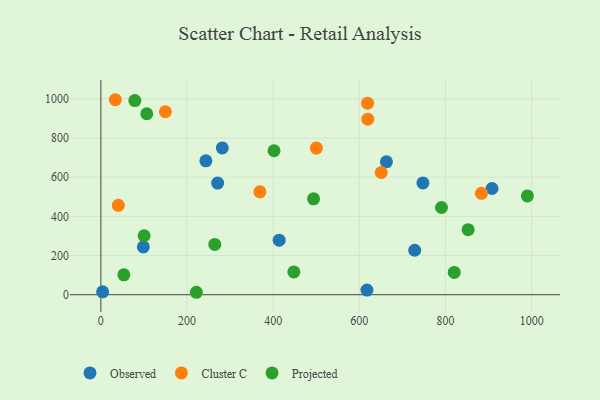
{"axis": {"x": "Speed", "y": "Profit"}, "legend": ["Cluster C", "Observed", "Projected"], "data": [{"x": "662.9", "y": 678.2, "type": "Observed"}, {"x": "271.1", "y": 569.8, "type": "Observed"}, {"x": "747.6", "y": 570.7, "type": "Observed"}, {"x": "98.6", "y": 244.1, "type": "Observed"}, {"x": "243.8", "y": 683.5, "type": "Observed"}, {"x": "728.5", "y": 227.0, "type": "Observed"}, {"x": "908.1", "y": 542.1, "type": "Observed"}, {"x": "413.9", "y": 278.5, "type": "Observed"}, {"x": "617.7", "y": 23.6, "type": "Observed"}, {"x": "281.9", "y": 749.3, "type": "Observed"}, {"x": "4.1", "y": 15.0, "type": "Observed"}, {"x": "500.2", "y": 748.3, "type": "Cluster C"}, {"x": "369.1", "y": 525.4, "type": "Cluster C"}, {"x": "33.6", "y": 995.3, "type": "Cluster C"}, {"x": "883.5", "y": 517.8, "type": "Cluster C"}, {"x": "149.8", "y": 933.9, "type": "Cluster C"}, {"x": "650.9", "y": 623.9, "type": "Cluster C"}, {"x": "40.5", "y": 456.3, "type": "Cluster C"}, {"x": "619.1", "y": 977.7, "type": "Cluster C"}, {"x": "619.7", "y": 896.2, "type": "Cluster C"}, {"x": "820.3", "y": 114.0, "type": "Projected"}, {"x": "990.1", "y": 504.1, "type": "Projected"}, {"x": "852.6", "y": 332.1, "type": "Projected"}, {"x": "402.0", "y": 734.9, "type": "Projected"}, {"x": "100.5", "y": 300.9, "type": "Projected"}, {"x": "53.4", "y": 101.6, "type": "Projected"}, {"x": "448.0", "y": 116.2, "type": "Projected"}, {"x": "264.4", "y": 256.5, "type": "Projected"}, {"x": "790.7", "y": 445.3, "type": "Projected"}, {"x": "493.8", "y": 489.6, "type": "Projected"}, {"x": "221.7", "y": 12.5, "type": "Projected"}, {"x": "78.9", "y": 990.9, "type": "Projected"}, {"x": "106.6", "y": 923.8, "type": "Projected"}]}